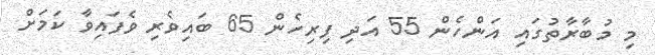
މި މުބާރާތުގައި އަންހެން 55 އަދި ފިރިހެން 65 ބައިވެރި ވެފައިވާ ކަމަށް